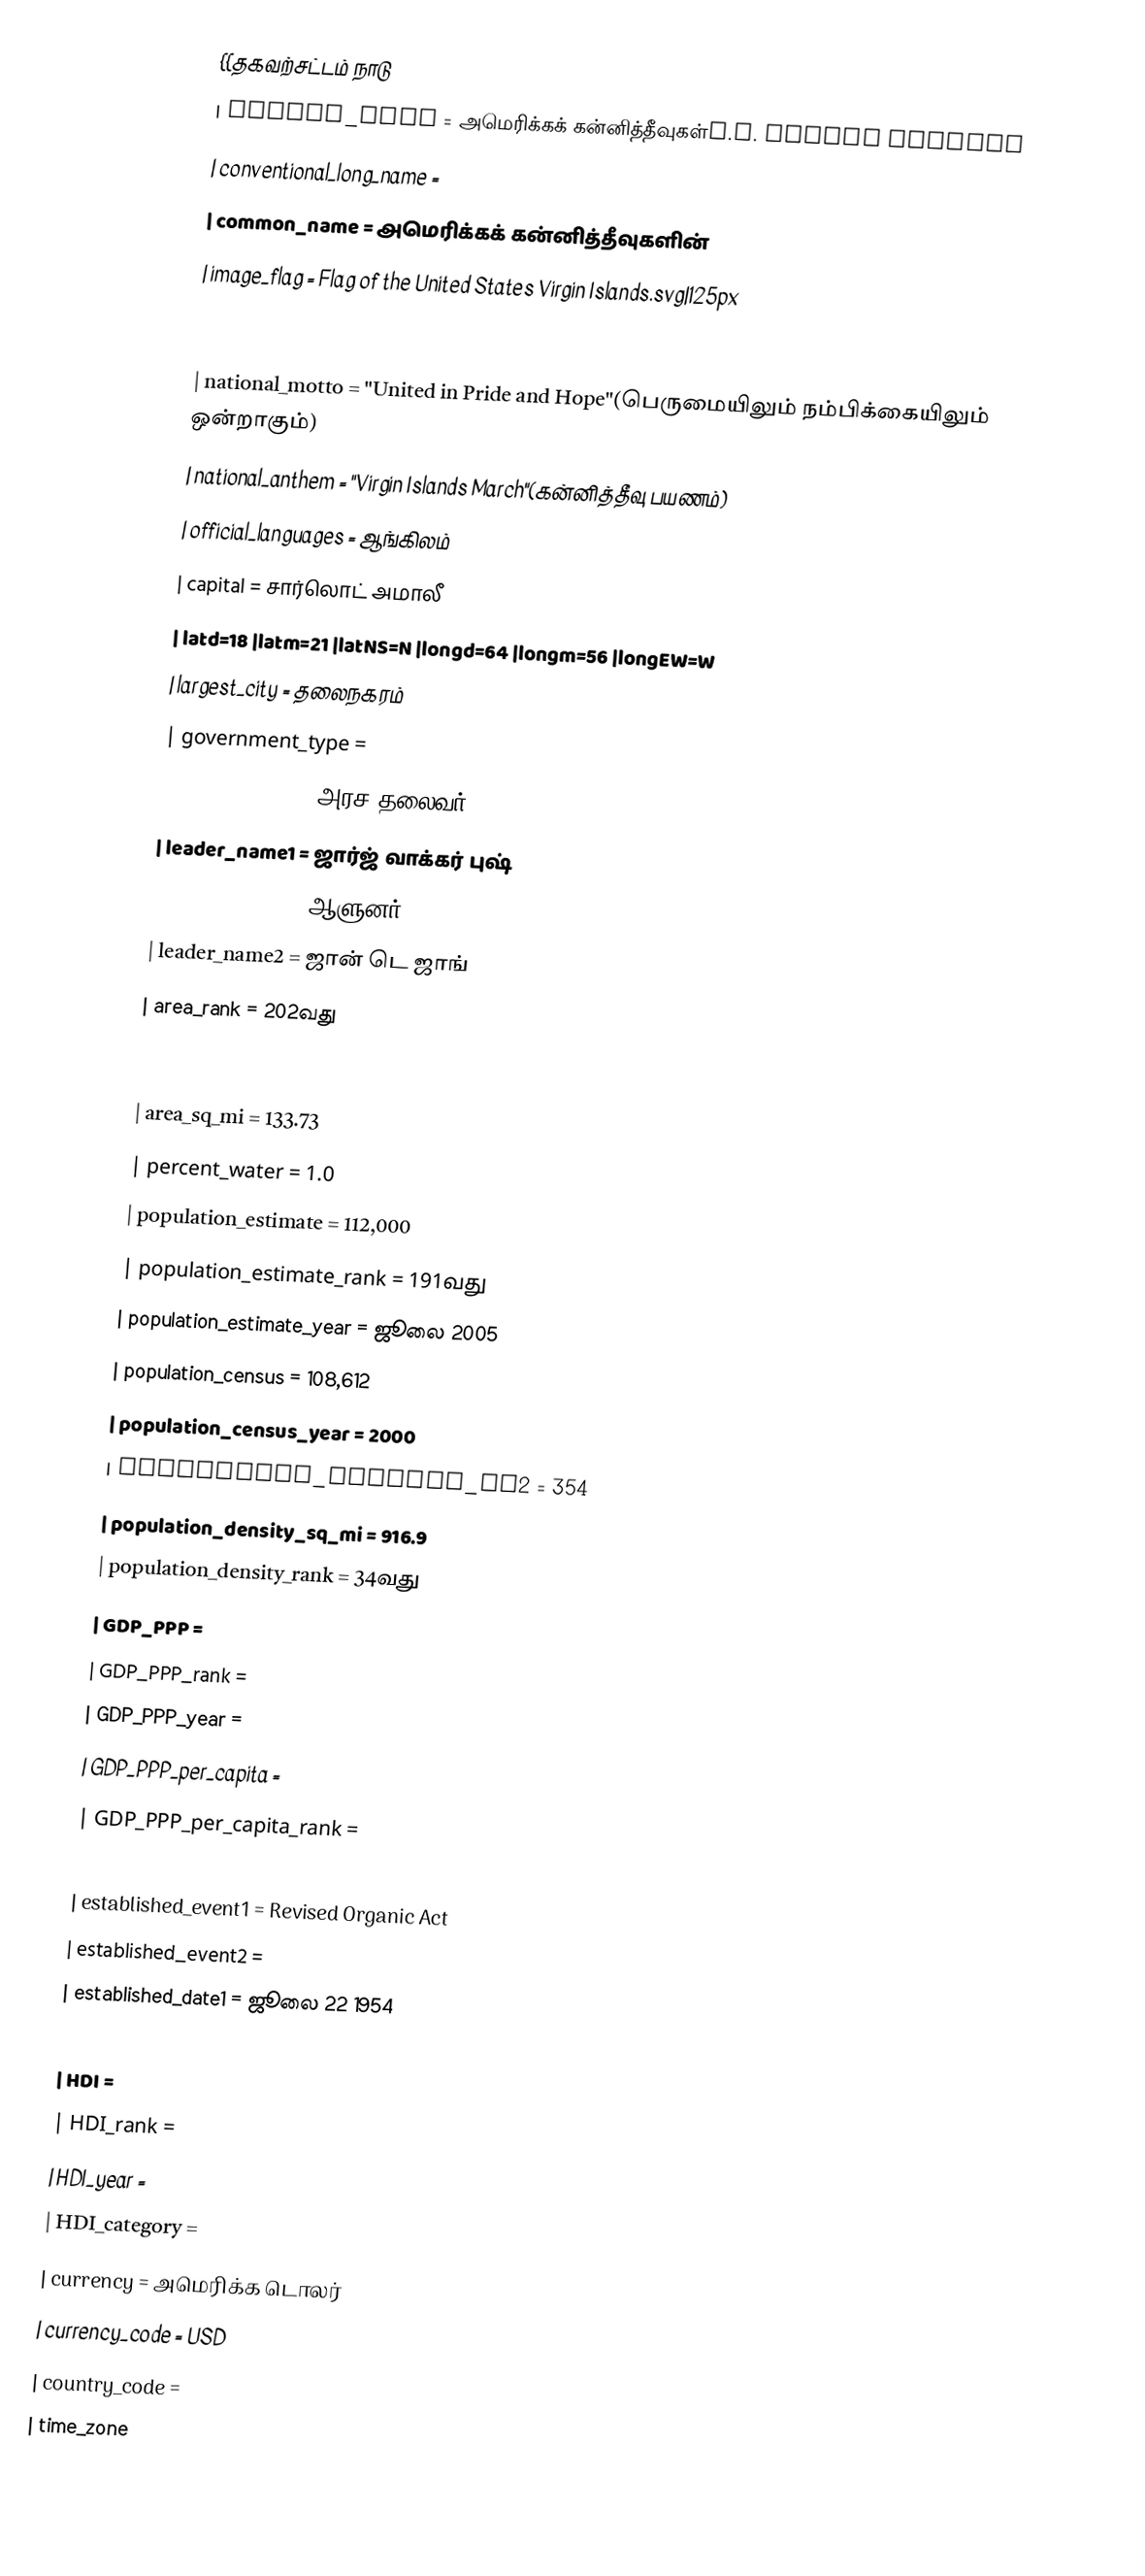
{{தகவற்சட்டம் நாடு
| native_name              = அமெரிக்கக் கன்னித்தீவுகள்U.S. Virgin Islands
| conventional_long_name   =
| common_name              =  அமெரிக்கக் கன்னித்தீவுகளின்
| image_flag               = Flag of the United States Virgin Islands.svg|125px
| image_coat               = Seal of the United States Virgin Islands.svg|125px
| image_map                = LocationUSVirginIslands.png
| national_motto           = "United in Pride and Hope"(பெருமையிலும் நம்பிக்கையிலும் ஒன்றாகும்)
| national_anthem          = "Virgin Islands March"(கன்னித்தீவு பயணம்)
| official_languages       = ஆங்கிலம்
| capital                  = சார்லொட் அமாலீ
| latd=18 |latm=21 |latNS=N |longd=64 |longm=56 |longEW=W
| largest_city             = தலைநகரம்
| government_type          =
| leader_title1            =  அரச தலைவர்
| leader_name1             =  ஜார்ஜ் வாக்கர் புஷ்
| leader_title2            =  ஆளுனர்
| leader_name2             = ஜான் டெ ஜாங்
| area_rank                = 202வது
| area_magnitude           = 1 E8
| area_km2                 = 346.36
| area_sq_mi               = 133.73
| percent_water            = 1.0
| population_estimate      = 112,000
| population_estimate_rank = 191வது
| population_estimate_year = ஜூலை 2005
| population_census        = 108,612
| population_census_year   = 2000
| population_density_km2   = 354
| population_density_sq_mi = 916.9
| population_density_rank  = 34வது
| GDP_PPP                  =
| GDP_PPP_rank             =
| GDP_PPP_year             =
| GDP_PPP_per_capita       =
| GDP_PPP_per_capita_rank  =
| sovereignty_type         = Organized, unincorporated territory
| established_event1       = Revised Organic Act
| established_event2       =
| established_date1        = ஜூலை 22 1954
| established_date2        =
| HDI                      =
| HDI_rank                 =
| HDI_year                 =
| HDI_category             =
| currency                 = அமெரிக்க டொலர்
| currency_code            = USD
| country_code             =
| time_zone